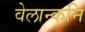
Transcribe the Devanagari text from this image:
वेलान्कनि